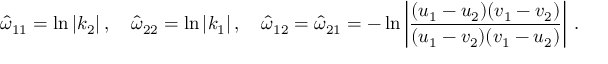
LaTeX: \hat { \omega } _ { 1 1 } = \ln | k _ { 2 } | \, , \quad \hat { \omega } _ { 2 2 } = \ln | k _ { 1 } | \, , \quad \hat { \omega } _ { 1 2 } = \hat { \omega } _ { 2 1 } = - \ln \left| \frac { ( u _ { 1 } - u _ { 2 } ) ( v _ { 1 } - v _ { 2 } ) } { ( u _ { 1 } - v _ { 2 } ) ( v _ { 1 } - u _ { 2 } ) } \right| \, .